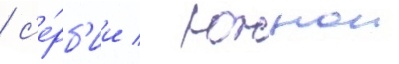
/ с'е́рб'ии / южнои